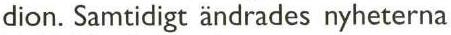
dion. Samtidigt ändrades nyheterna